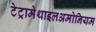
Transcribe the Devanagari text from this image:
टेट्रामेथाइलअमोनियम